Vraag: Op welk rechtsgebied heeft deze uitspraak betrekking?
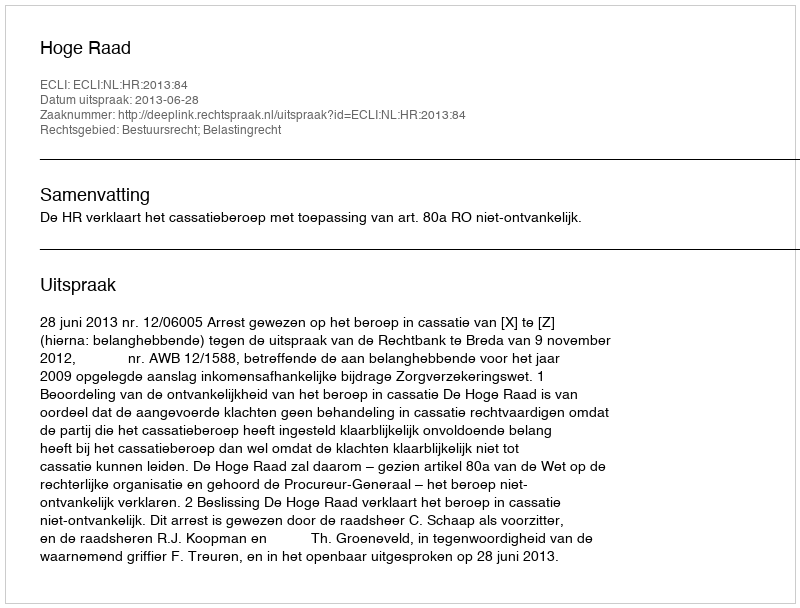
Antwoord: Bestuursrecht; Belastingrecht